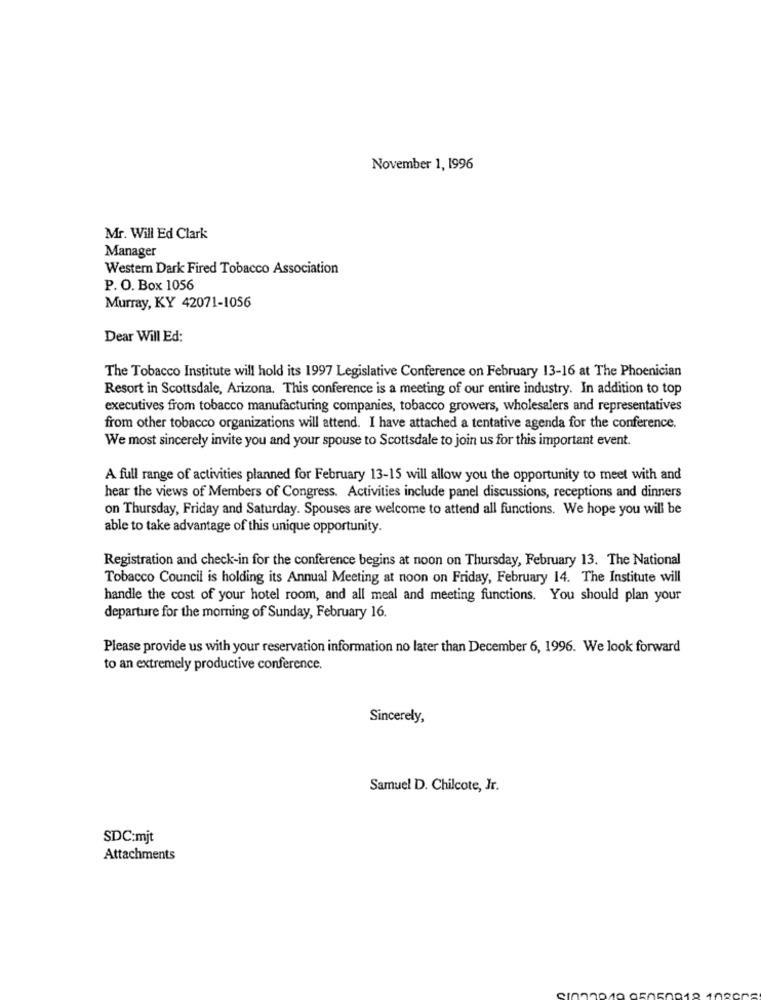
November 1, 1996
Mr. Will Ed Clark
Manager
Western Dark Fired Tobacco Association
P. O. Box 1056
Murray, KY 42071-1056
Dear Will Ed:
The Tobacco Institute will hold its 1997 Legislative Conference on February 13-16 at The Phoenician
Resort in Scottsdale, Arizona. This conference is a meeting of our entire industry. In addition to top
executives from tobacco manufacturing companies, tobacco growers, wholesalers and representatives
from other tobacco organizations will attend. I have attached a tentative agenda for the conference.
We most sincerely invite you and your spouse to Scottsdale to join us for this important event.
A full range of activities planned for February 13-15 will allow you the opportunity to meet with and
hear the views of Members of Congress. Activities include panel discussions, receptions and dinners
on Thursday, Friday and Saturday. Spouses are welcome to attend all functions. We hope you will be
able to take advantage of this unique opportunity.
Registration and check-in for the conference begins at noon on Thursday, February 13. The National
Tobacco Council is holding its Annual Meeting at noon on Friday, February 14. The Institute will
handle the cost of your hotel room, and all meal and meeting functions. You should plan your
departure for the morning of Sunday, February 16.
Please provide us with your reservation information no later than December 6, 1996. We look forward
to an extremely productive conference.
Sincerely,
Samuel D. Chilcote, Jr.
SDC:mjt
Attachments